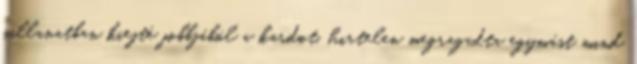
pillanatban kiejté jobbjából a kardot, hirtelen megragadta egymást mind